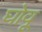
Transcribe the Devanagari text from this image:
घोवू